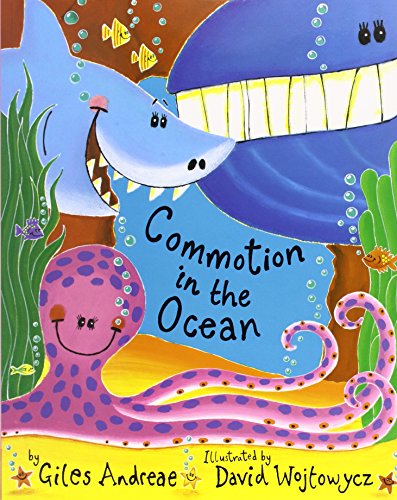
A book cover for Commotion in the Ocean; Giles Andreae; Children's Books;